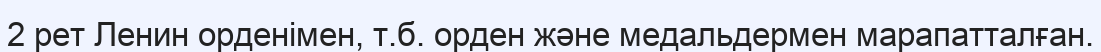
2 рет Ленин орденімен, т.б. орден және медальдермен марапатталған.